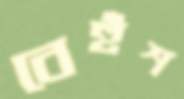
বেহুঁশ